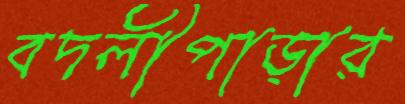
বদলীপাড়ার